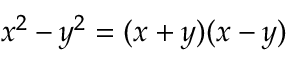
x ^ { 2 } - y ^ { 2 } = ( x + y ) ( x - y )